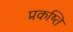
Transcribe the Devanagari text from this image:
प्रकष्ति